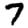
Digit: 7